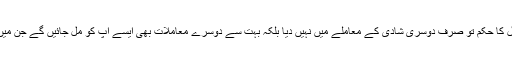
اور احکامات کا حوالہ بھی دیا، مگر عدل کا حکم تو صرف دوسری شادی کے معاملے میں نہیں دیا بلکہ بہت سے دوسرے معاملات بھی ایسے اپ کو مل جائیں گے جن میں ایمان والوں کو عدل کا حکم دیا گیا تھا۔